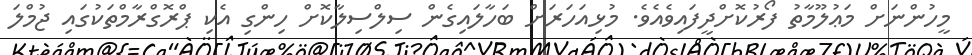
މީހުންނަށް މަޢުލޫމާތު ފޯރުކޮށްދީފައިވެއެވެ. މުޅިއަހަރަށް ބަހާލައިގެން ސިލްސިލާކޮށް ހިންގި އެކި ޕްރޮގްރާމްތަކުގައި ޖުމްލަ